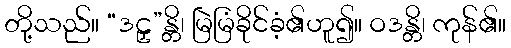
တို့သည်။ “ဒဠှ”န္တိ၊ မြဲမြံခိုင်ခံ့၏ဟူ၍။ ဝဒန္တိ၊ ကုန်၏။